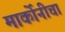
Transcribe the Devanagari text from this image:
मार्कोनीचा